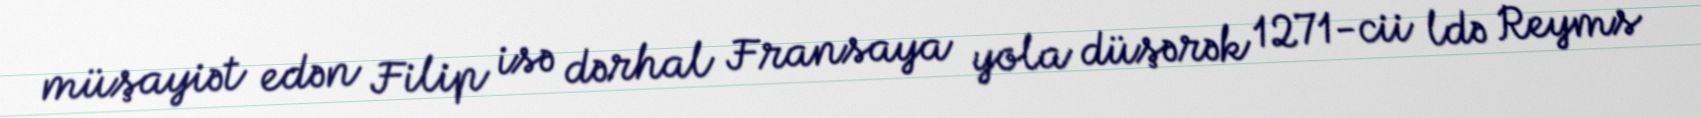
müşayiət edən Filip isə dərhal Fransaya yola düşərək 1271-cii ldə Reyms